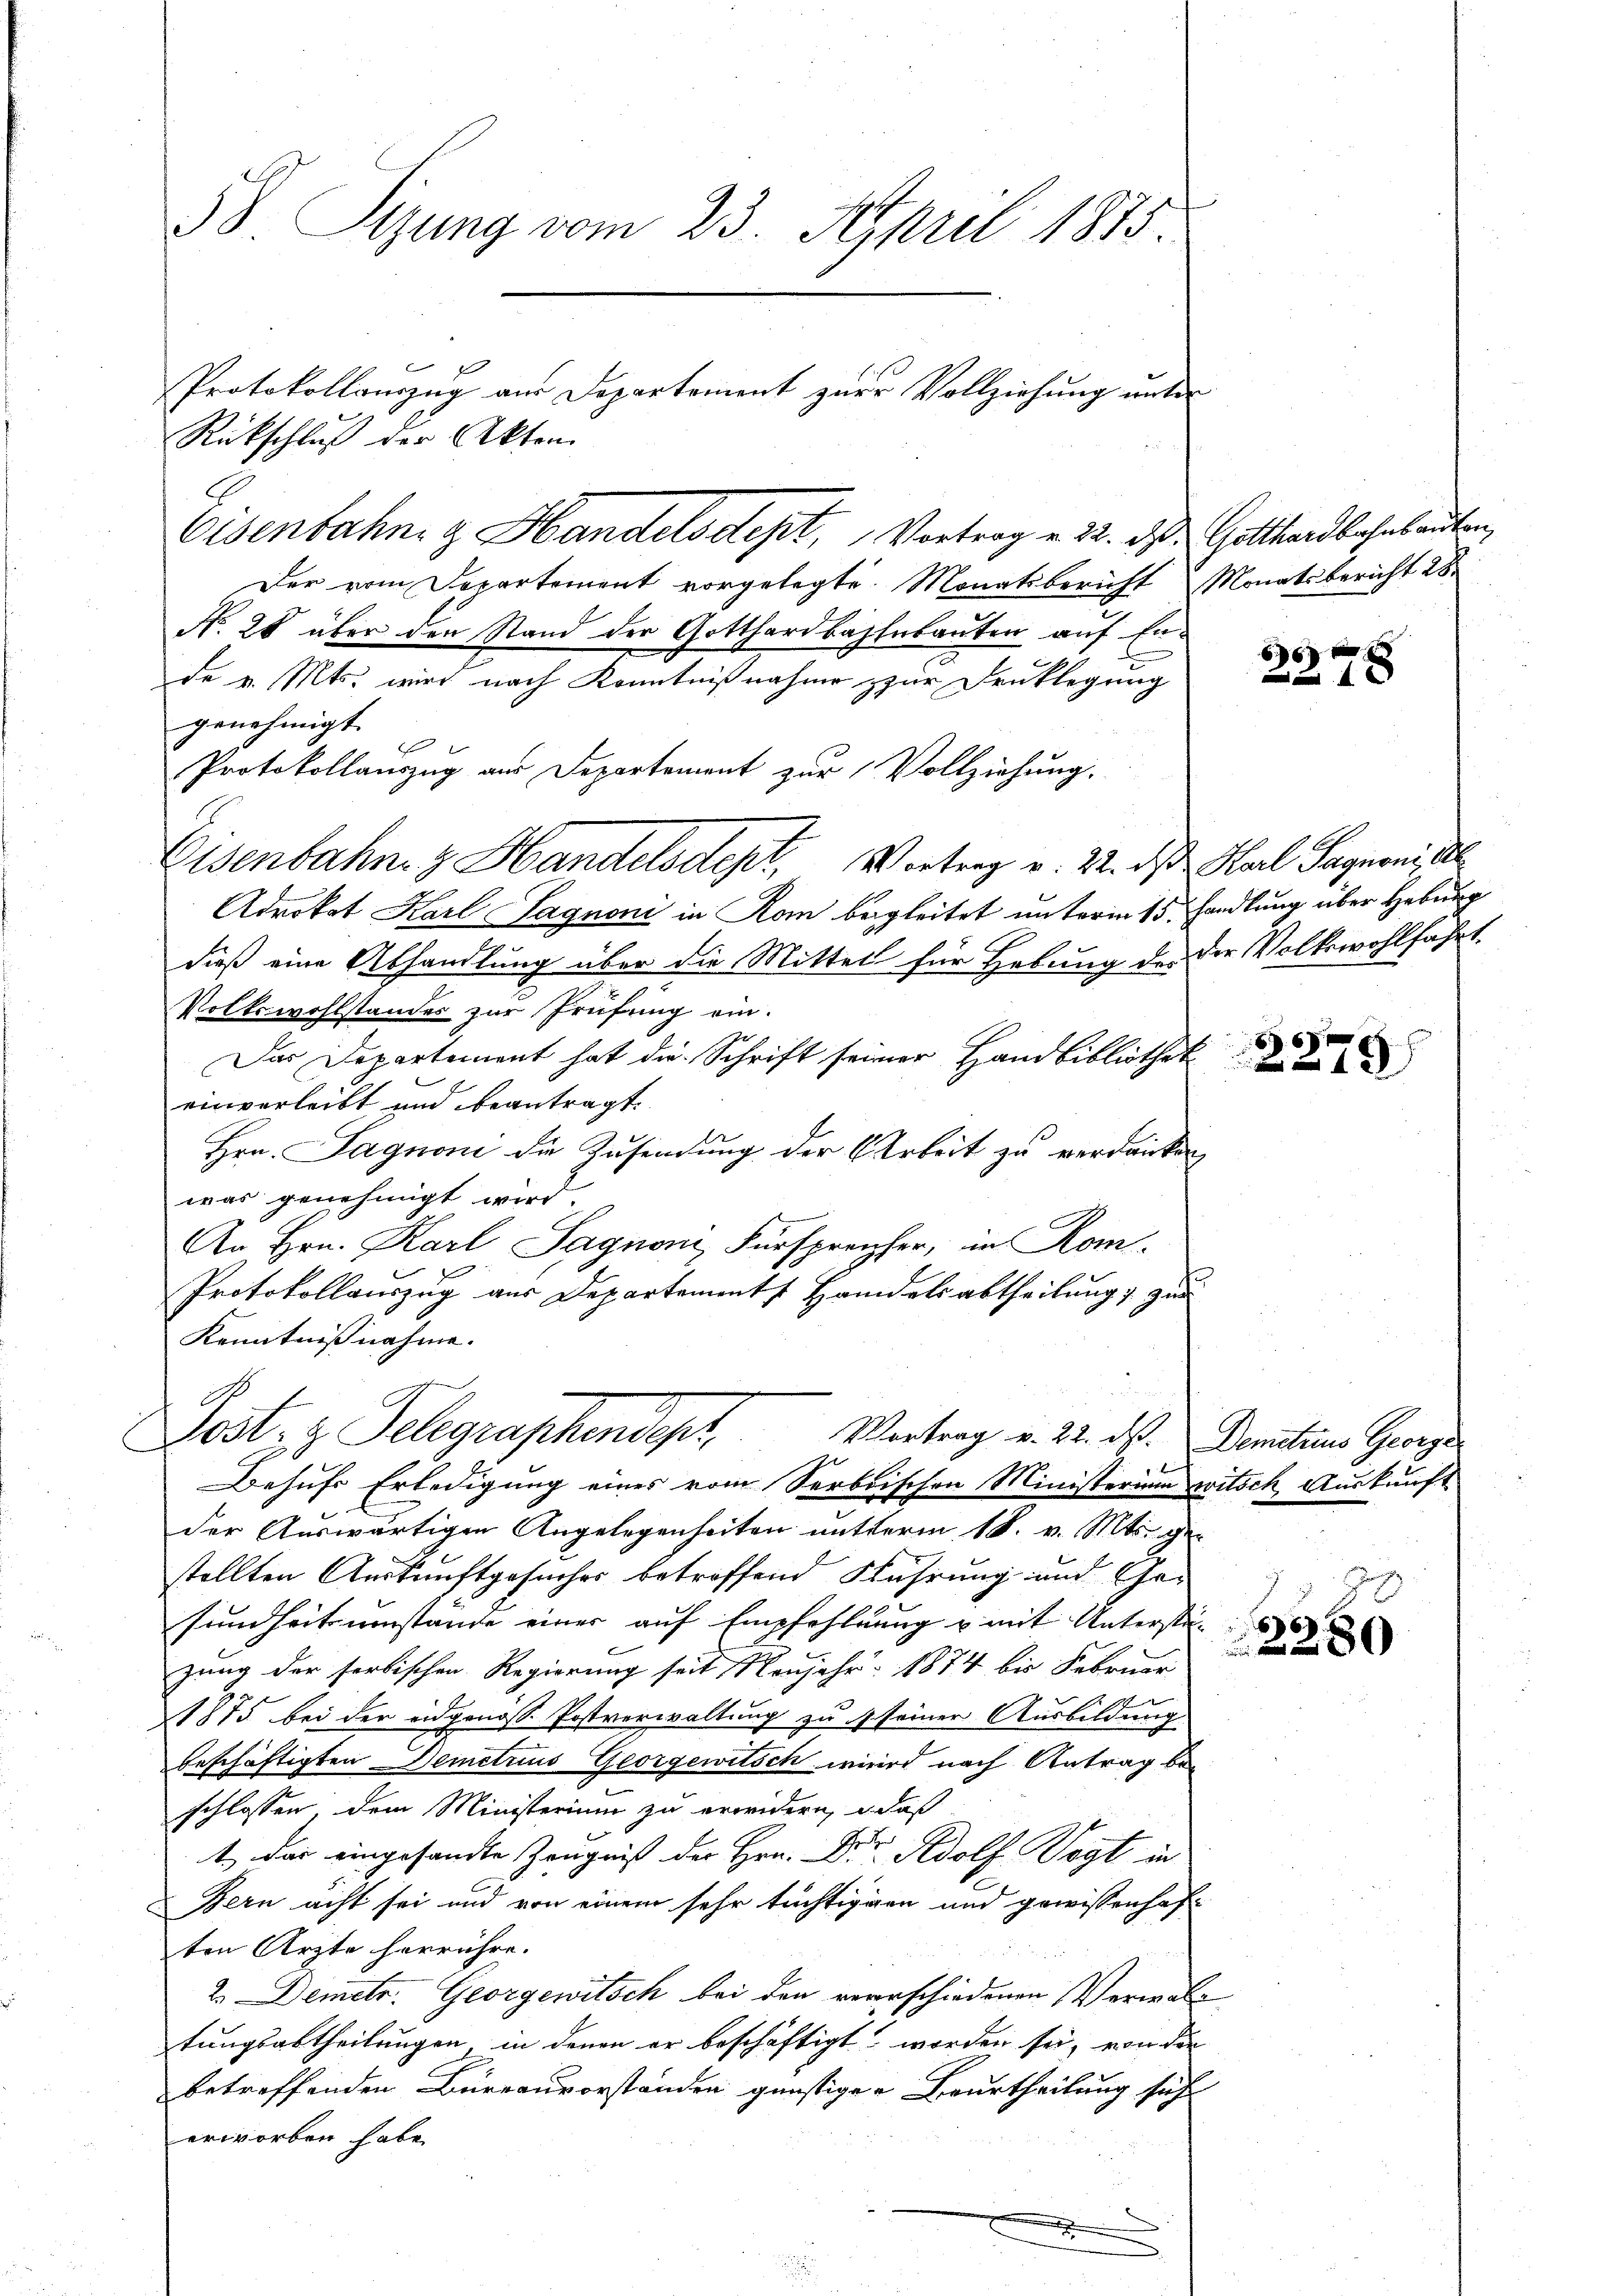
58. Sizung vom 23. April 1875.
1
Protokollauszug aus Departement zur Vollziehung unter
Rückschluß der Akten

Eisenbahng Handelsdept, Vortrag v. 22. ds Gotthardbahnbauten,
Der vom Departement vorgelegte Monatsbericht Monatsbericht 28
No. 28 über den Stand der Gotthardbahnbauten auf Ende v. Mts. wird nach Kenntnißnahme zur Druklegung
genehmigt.
Protokollauszug aus Departement zur Vollziehung.
Eisenbahn z. Handelsdept, Vortrag v. 22. das Karl Sagnoni, d
Adrokat Karl Sagnoni in Rom begleitet unterm 15. Handlung über Hebung
dieß eine Abhandlung über die Mittel für Hebung der die Volkswohlfahrt.
Volkswohlstandes zur Prüfung ein.
Das Departement hat die Schrift seiner Handbibliothek
einverleibt und beantragt.
Hrn. Sagnoni die Zusendung der Arbeit zu verdanken,
was genehmigt wird.
An Hrn. Karl Sagnoni, Fürsprecher, in Kom¬
Protokollauszug aus Departements Handelsabtheilung zur
Kenntnißnahme.
Post, z. Telegraphendesh
Vortrag v. 22. ds. Demetius George
ze
Behufs Erledigung eines vom Serbischen Ministerium witsch Auskunft
der Auswärtigen Angelegenheiten nutterm 18. v. Mts. gestellten Auskunftgesuches betroffend Führung und Ge-
sundheit umstände einer auf Empfehlung u mit Unterste
B
zung der farbischen Regierung seit Neujahr 1874 bis Februar
1875 bei der eidgenoss. Postverwaltung zu 1 seiner Ausbildung
beschäftigten Demetius Georgewitsch wird nach Antrag bei
schlossen dem Ministerium zu erwidern, daß
1.) Das eingesandte Zeugniß der Hrn. Dr Adolf Vogt in
Bern acht sei und von einem sehr tüchtigen und gewissenhaften Ärzte herrühre.
2. Demetr. Georgewitsch bei den verrschiedenen Verwalt
tungsabtheilungen, in denen er beschäftigt worden sei, von der
betreffenden Büreauvorständen günstiger Beurtheilung sich
erworben habe.
e

2278

6
1 x

66
280